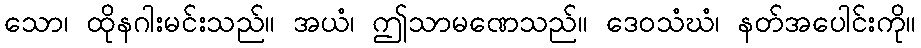
သော၊ ထိုနဂါးမင်းသည်။ အယံ၊ ဤသာမဏေသည်။ ဒေဝသံဃံ၊ နတ်အပေါင်းကို။